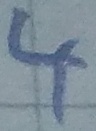
Text: 4